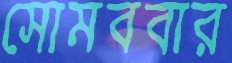
সোমববার